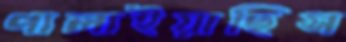
পালাইয়াছিস